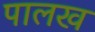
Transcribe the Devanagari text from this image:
पालख